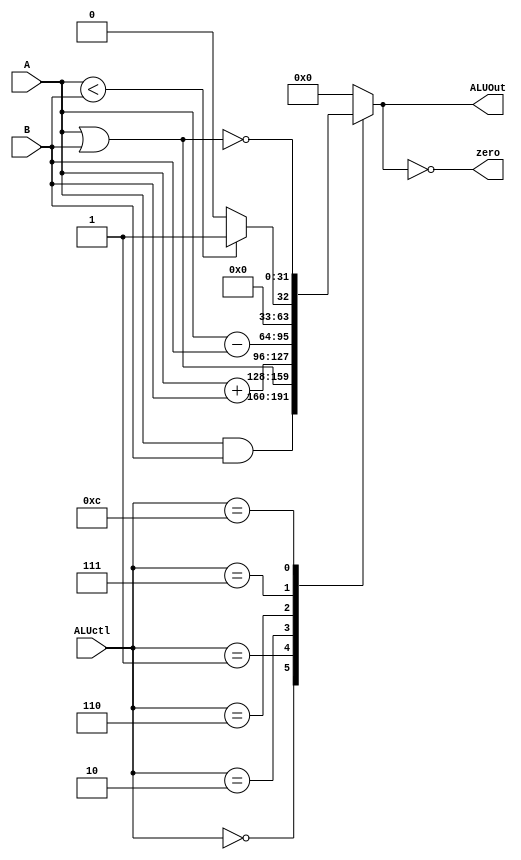
module ALU (
    input [3:0] ALUctl,
    input signed [31:0] A,B,
    output reg signed [31:0] ALUOut,
    output zero
);
    // ALU has two operand, it execute different operator based on ALUctl wire 
    // output zero is for determining taking branch or not (or you can change the design as you wish)

    // TODO: implement your ALU here
    // Hint: you can use operator to implement

    // done
    assign zero = (ALUOut == 0);
    always @ (ALUctl, A, B) begin
        case (ALUctl)
            4'b0000: ALUOut <= A & B;
            4'b0001: ALUOut <= A | B;
            4'b0010: ALUOut <= A + B;
            4'b0110: ALUOut <= A - B;
            4'b0111: ALUOut <= A < B ? 32'b1 : 32'b0;
            4'b1100: ALUOut <= ~(A | B);
            default: ALUOut <= 32'b0;
        endcase
    end
endmodule